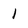
Character: 1